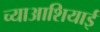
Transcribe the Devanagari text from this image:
च्याआशियाई